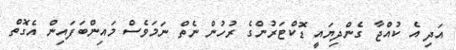
އަދި އެ ކުއްޖާ ގެންދިޔައީ ޑޮކްޓަރުންގެ ރުހުން ނެތް ނަމަވެސް މައިންބަފައިން އެގޮތް